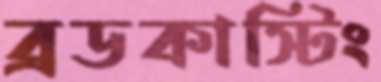
ব্রডকাস্টিং